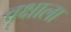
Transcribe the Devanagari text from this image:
वॄक्षाला